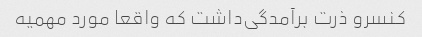
کنسرو ذرت برآمدگی‌داشت که واقعا مورد مهمیه